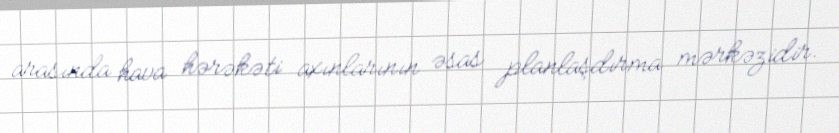
arasında hava hərəkəti axınlarının əsas planlaşdırma mərkəzidir.